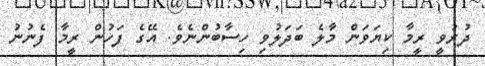
ދުރުވީ ރީމާ ކިޔަވަން މާލެ ބަދަލުވި ހިސާބުންނެވެ. އޭގެ ފަހުން ރީމާ ފެނުނު